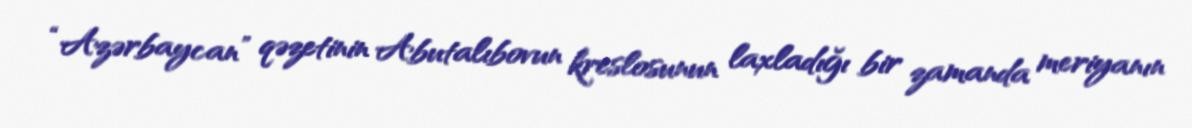
“Azərbaycan” qəzetinin Abutalıbovun kreslosunun laxladığı bir zamanda meriyanın